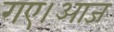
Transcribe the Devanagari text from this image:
गए।आज